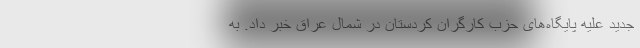
جدید علیه پایگاه‌های حزب کارگران کردستان در شمال عراق خبر داد. به